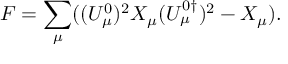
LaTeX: F = \sum _ { \mu } ( ( U _ { \mu } ^ { 0 } ) ^ { 2 } X _ { \mu } ( U _ { \mu } ^ { 0 \dagger } ) ^ { 2 } - X _ { \mu } ) .